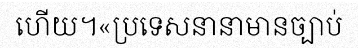
ហើយ។«ប្រទេសនានាមានច្បាប់